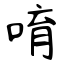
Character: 唷